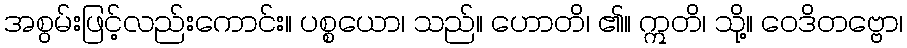
အစွမ်းဖြင့်လည်းကောင်း။ ပစ္စယော၊ သည်။ ဟောတိ၊ ၏။ ဣတိ၊ သို့။ ဝေဒိတဗ္ဗော၊